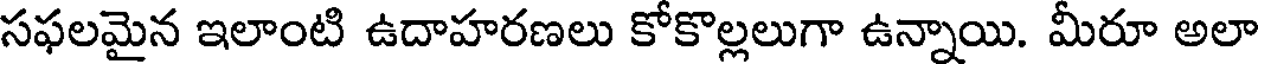
సఫలమైన ఇలాంటి ఉదాహరణలు కోకొల్లలుగా ఉన్నాయి. మీరూ అలా